Code of medical and sanitary regulations for the guidance of medical officers serving in the Madras Presidency - Volume I
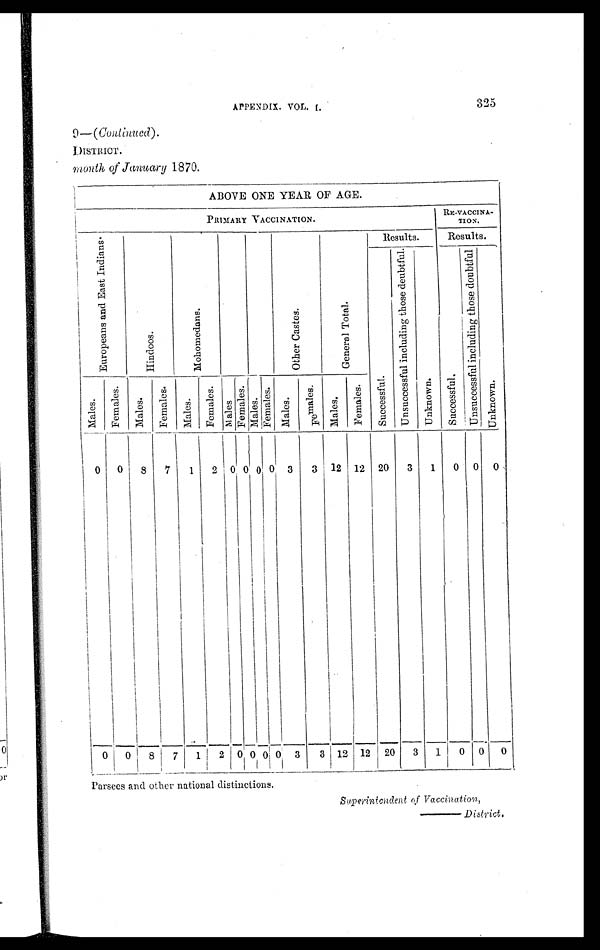
APPENDIX. VOL. I. 325
9—( Continued).
DISTRICT.
month of January 1870.
ABOVE ONE YEAR OF AGE.
PRIMARY VACCINATION.
RE-VACCINA-
TION.
E u r o p e a n s a n d E a s t I n d i a n s .
H i n d o o s .
M o h o m e d a n s .
O t h e r C a s t e s .
G e n e r a l T o t a l .
Results.
Results.
Successf ul .
U n s u c c e s s f u l i n c l u d i n g t h o s e d e u b t f u l .
U n k n o w n .
S u c c e s s f u l .
U n s u c c e s s f u l i n c l u d i n g t h o s e d o u b t f u l .
U n k n o w n .
M a l e s .
F e m a l e s .
M a l e s .
F e m a l e s .
M a l e s .
F e m a l e s .
M a l e s .
F e m a l e s .
Ma l e s .
F e m a l e s .
M a l e s .
F e m a l e s .
M a l e s .
F e m a l e s .
0 0 8 7 1 2 0 0
0
0
3 3 12 12 20 3 1
0
0 0
0 0 8 7 1 2 0 0 0 0 3
3 12 12 20 3 1 0 0
0
Parsees and other national distinctions.
Superintendent of Vaccination,
—District.